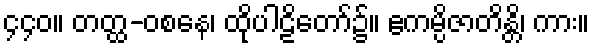
၄၄၀။ တတ္ထ-ဝစနေ၊ ထိုပါဠိတော်၌။ ဧကမ္ပိဇာတိန္တိ၊ ကား။